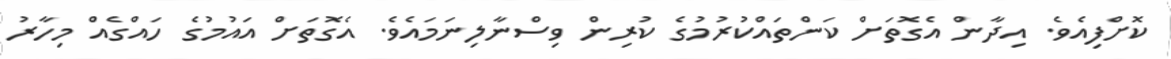
ކޮށްފިއެވެ. އިދާން އެގޮތަށް ކަންތައްކުރުމުގެ ކުރިން ވިސްނާލިނަމައެވެ. އެގޮތަށް އައުމުގެ ހައްގެއް މިހާރު